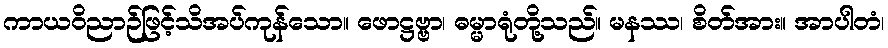
ကာယဝိညာဉ်ဖြင့်သိအပ်ကုန်သော။ ဖောဋ္ဌဗ္ဗာ၊ ဓမ္မာရုံတို့သည်။ မနဿ၊ စိတ်အား။ အာပါတံ၊